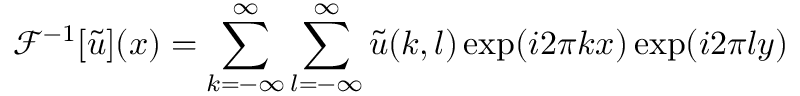
\mathcal { F } ^ { - 1 } [ \tilde { u } ] ( x ) = \sum _ { k = - \infty } ^ { \infty } \sum _ { l = - \infty } ^ { \infty } \tilde { u } ( k , l ) \exp ( i 2 \pi k x ) \exp ( i 2 \pi l y )